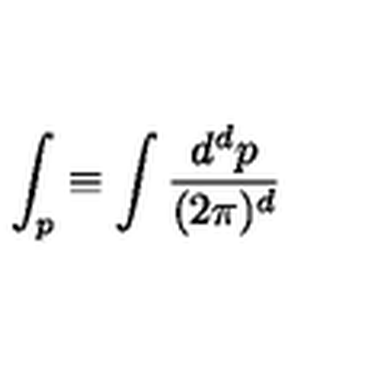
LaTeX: \int _ { p } \equiv \int \frac { d ^ { d } p } { ( 2 \pi ) ^ { d } }